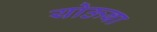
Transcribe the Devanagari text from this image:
योऊबा